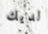
لديك